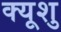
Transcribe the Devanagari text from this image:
क्यूशु